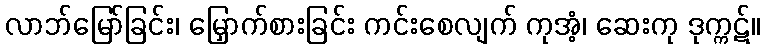
လာဘ်မြော်ခြင်း၊ မြှောက်စားခြင်း ကင်းစေလျက် ကုအံ့၊ ဆေးကု ဒုက္ကဋ်။